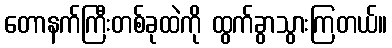
တောနက်ကြီးတစ်ခုထဲကို ထွက်ခွာသွားကြတယ်။